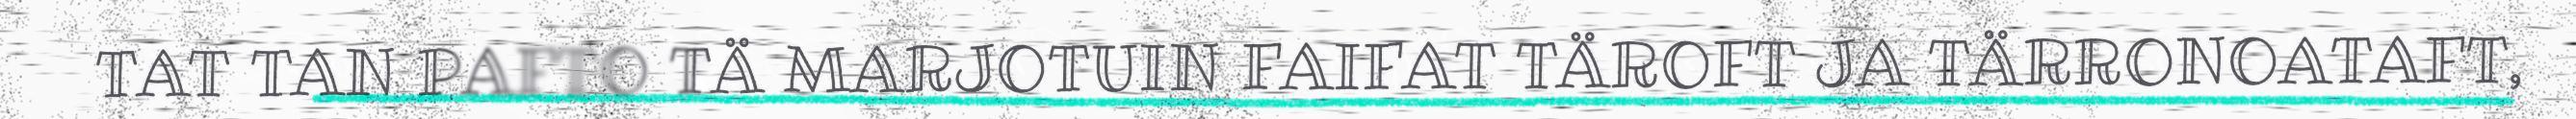
TAT TAN PAFTO TÄ MARJOTUIN FAIFAT TÄROFT JA TÄRRONOATAFT,